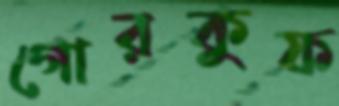
গোরকুফ